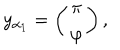
y _ { \alpha _ { 1 } } = \left( \begin{array} { c } { { \pi } } \\ { { \varphi } } \\ \end{array} \right) ,